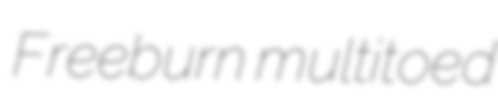
Freeburn multitoed